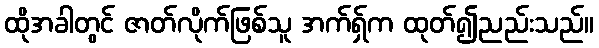
ထိုအခါတွင် ဇာတ်လိုက်ဖြစ်သူ အက်ရှ်က ထုတ်၍ညည်းသည်။